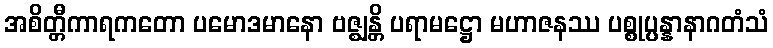
အစိတ္တီကာရကတော ပမောဒမာနော ဗဇ္ဈန္တိ ပရာမဋ္ဌော မဟာဇနဿ ပစ္စုပ္ပန္နာနာဂတံသံ